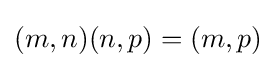
(m,n)(n,p)=(m,p)